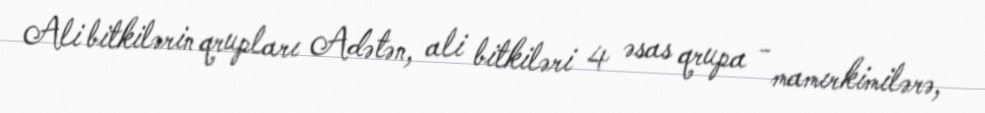
Ali bitkilərin qrupları Adətən, ali bitkiləri 4 əsas qrupa - mamırkimilərə,